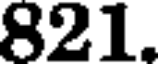
821.